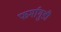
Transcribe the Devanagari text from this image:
फर्मागुडी